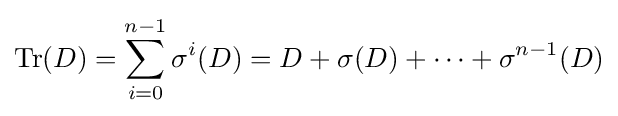
\operatorname {Tr} (D)=\sum _{i=0}^{n-1}\sigma ^{i}(D)=D+\sigma (D)+\cdots +\sigma ^{n-1}(D)